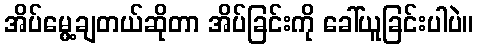
အိပ်မွေ့ချတယ်ဆိုတာ အိပ်ခြင်းကို ခေါ်ယူခြင်းပါပဲ။